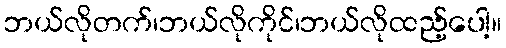
ဘယ်လိုတက်၊ဘယ်လိုကိုင်၊ဘယ်လိုထည့်ပေါ့။